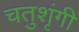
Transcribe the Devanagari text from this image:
चतुशृंगी